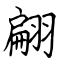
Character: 翩